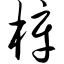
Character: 梓